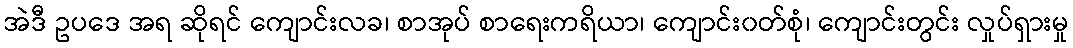
အဲဒီ ဥပဒေ အရ ဆိုရင် ကျောင်းလခ၊ စာအုပ် စာရေးကရိယာ၊ ကျောင်း၀တ်စုံ၊ ကျောင်းတွင်း လှုပ်ရှားမှု